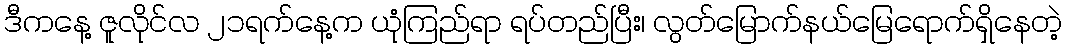
ဒီကနေ့ ဇူလိုင်လ ၂၁ရက်နေ့က ယုံကြည်ရာ ရပ်တည်ပြီး၊ လွတ်မြောက်နယ်မြေရောက်ရှိနေတဲ့